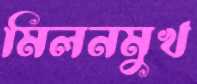
মিলনমুখ